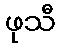
ဖုသီ